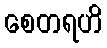
စေတရဟိ